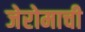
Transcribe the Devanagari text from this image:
जेरोमाची